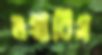
ওয়ারিস